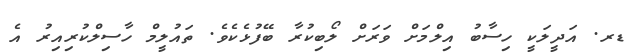
ޑރ. އަދީލަކީ ހިސާބު އިލްމަށް ވަރަށް ލޯބިކުރާ ބޭފުޅެކެވެ. ތައުލީމް ހާސިލްކުރިއިރު އެ